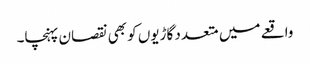
واقعے میں متعدد گاڑیوں کو بھی نقصان پہنچا۔